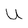
Character: u